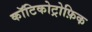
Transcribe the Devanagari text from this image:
कॉटिकोट्रोफ़िक